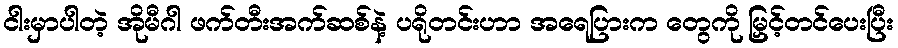
ငါးမှာပါတဲ့ အိုမီဂါ ဖက်တီးအက်ဆစ်နဲ့ ပရိုတင်းဟာ အရေပြားက တွေကို မြှင့်တင်ပေးပြီး